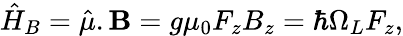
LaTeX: \hat{H}_{B}=\hat{\mu}.\textbf{B}=g\mu_{0}F_{z}B_{z}=\hbar\Omega_{L}F_{z},